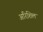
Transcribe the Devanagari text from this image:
अरिशिल